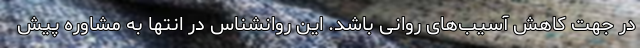
در جهت کاهش آسیب‌های روانی باشد. این روانشناس در انتها به مشاوره پیش